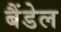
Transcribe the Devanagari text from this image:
बैंडेल